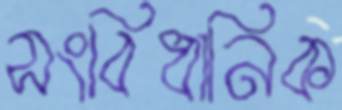
সংবিধানিক